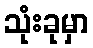
သုံးခုမှာ